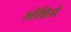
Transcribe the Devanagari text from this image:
ओडिसे